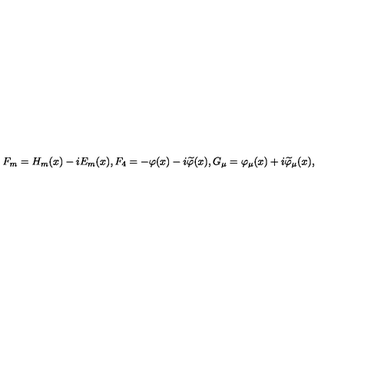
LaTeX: F _ { m } = H _ { m } ( x ) - i E _ { m } ( x ) , F _ { 4 } = - \varphi ( x ) - i \widetilde { \varphi } ( x ) , G _ { \mu } = \varphi _ { \mu } ( x ) + i \widetilde { \varphi } _ { \mu } ( x ) ,